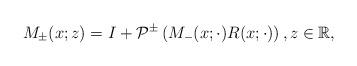
LaTeX: \begin{align*}M_{\pm}(x;z)=I+\mathcal{P}^{\pm}\left(M_{-}(x; \cdot) R(x ;\cdot)\right) , z \in \mathbb{R},\end{align*}